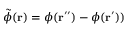
\tilde { \phi } ( \mathbf { r } ) = \phi ( \mathbf { r } ^ { \prime \prime } ) - \phi ( \mathbf { r } ^ { \prime } ) )